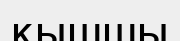
қышшы